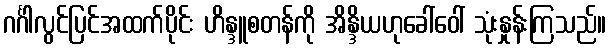
ဂင်္ဂါလွင်ပြင်အထက်ပိုင်း ဟိန္ဒူစတန်ကို အိန္ဒိယဟုခေါ်ဝေါ် သုံးနှုန်းကြသည်။